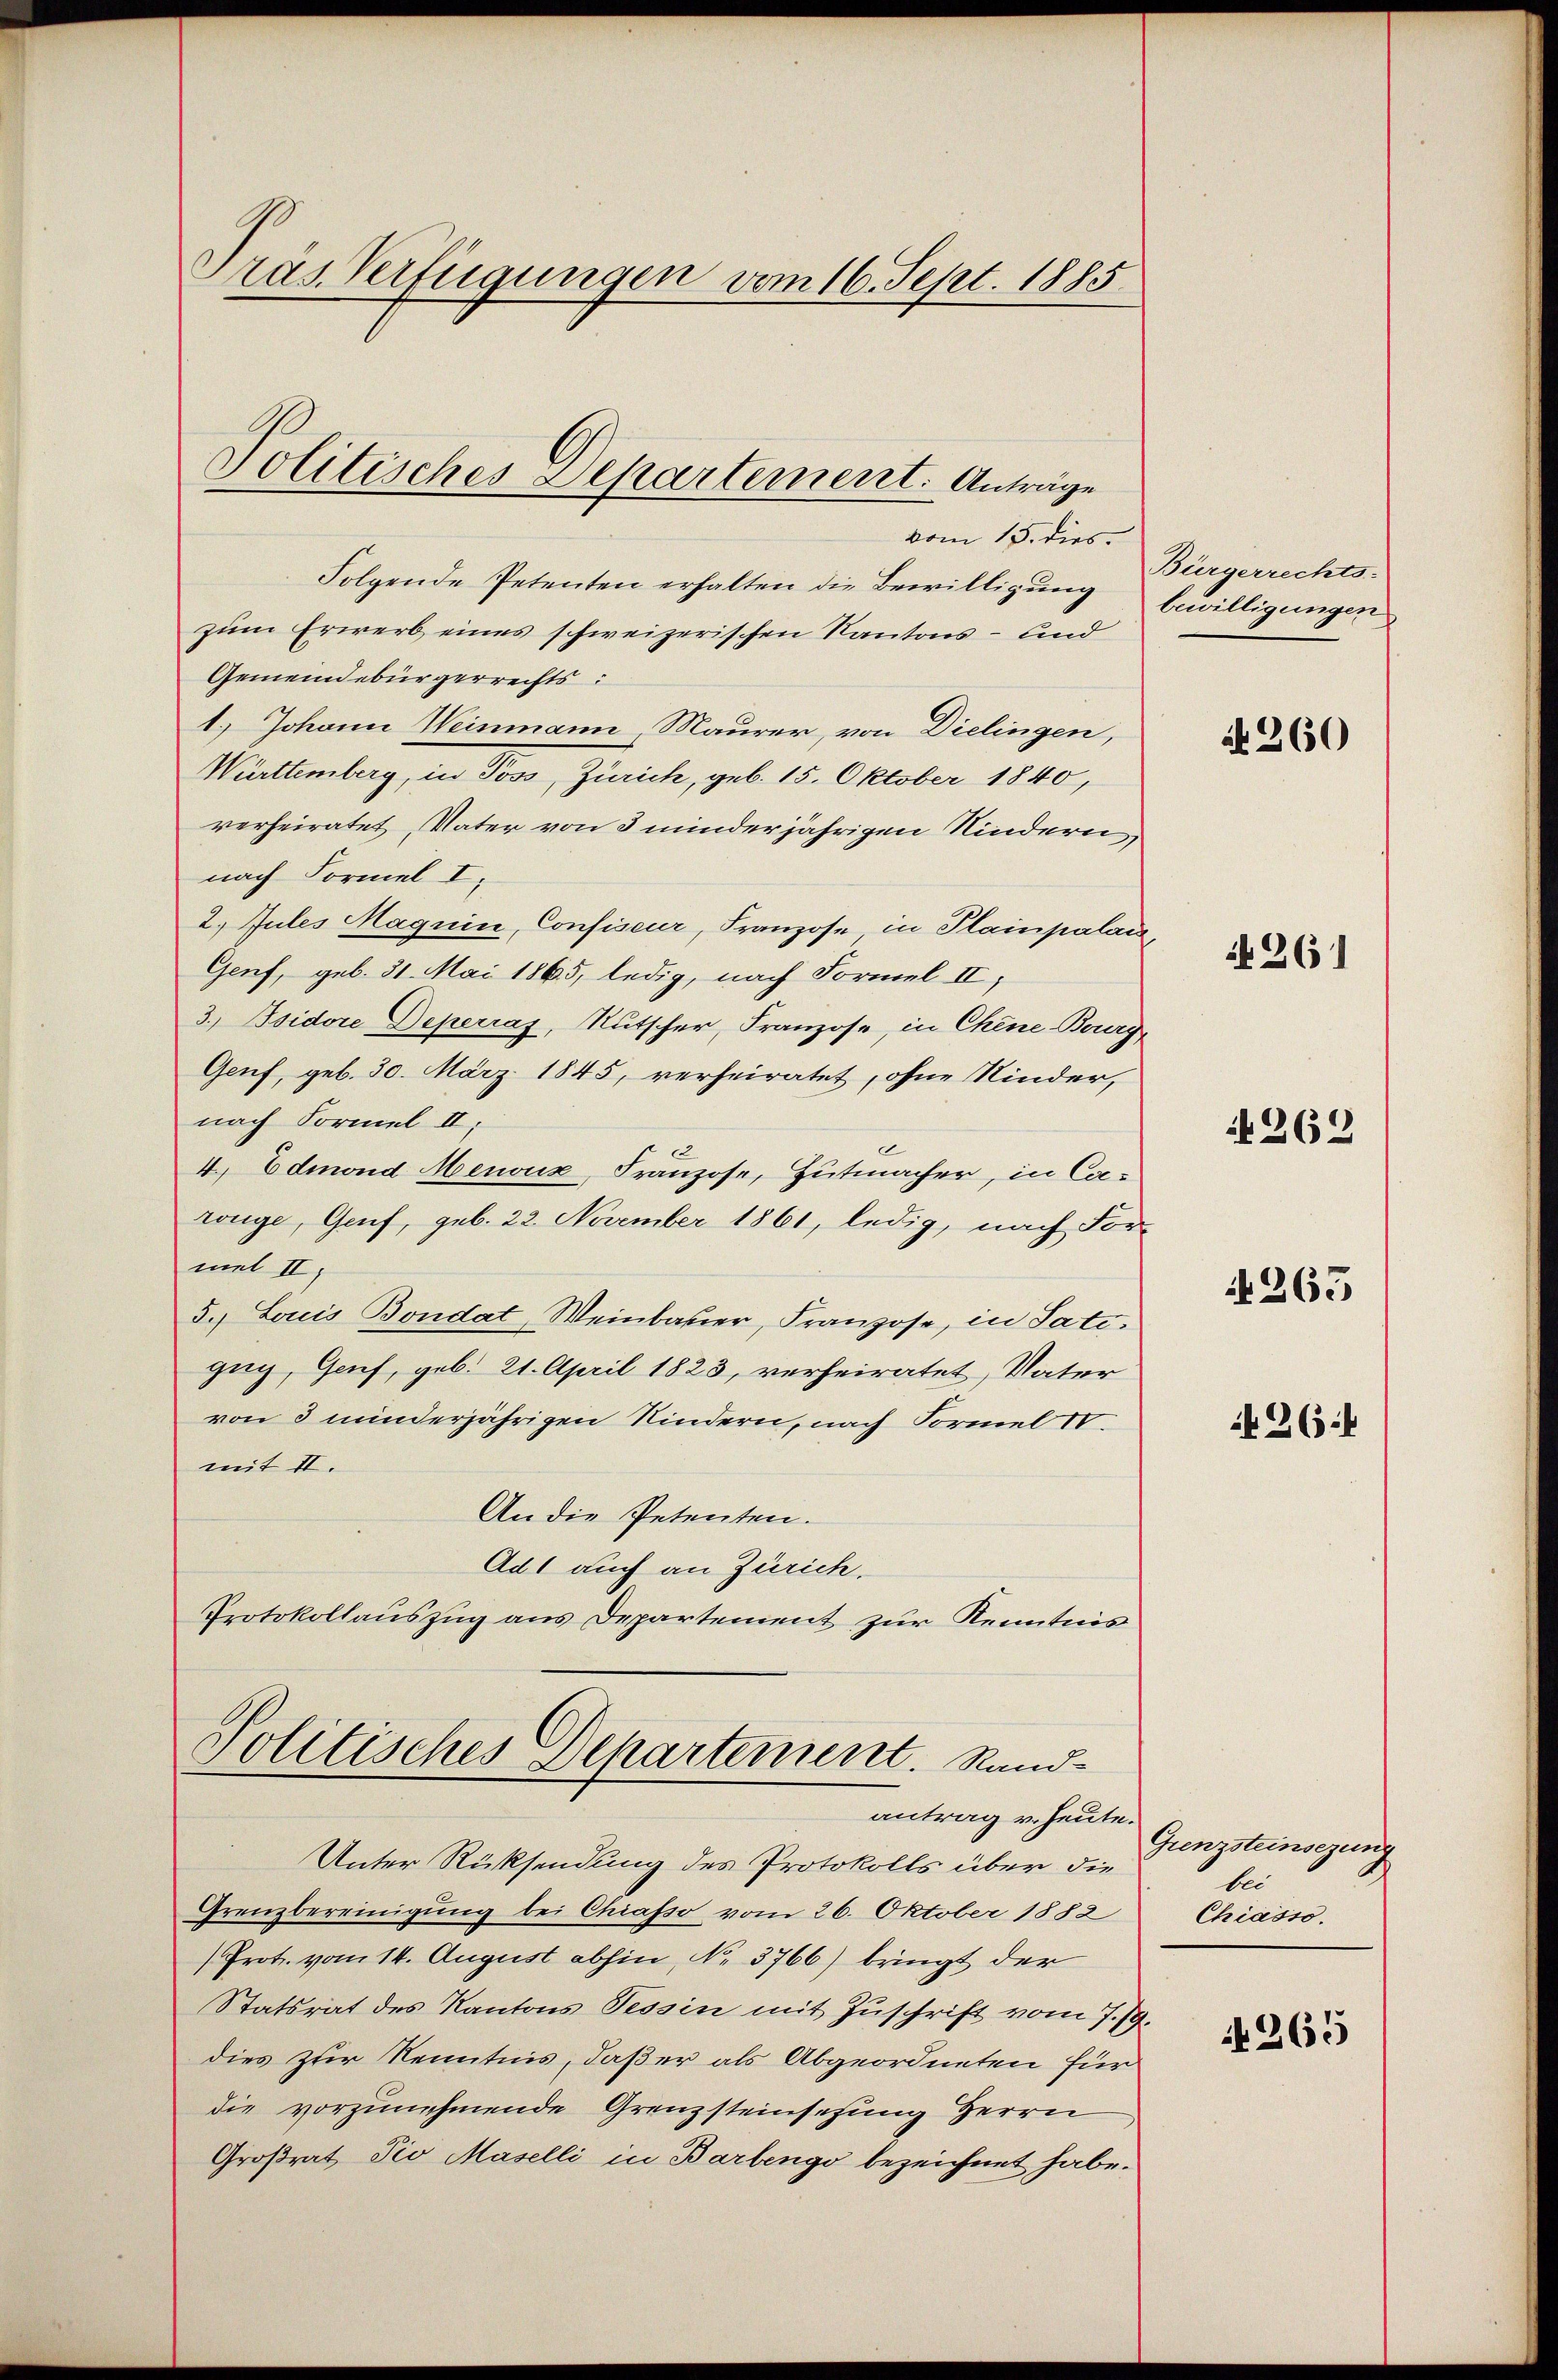
Gras Verfügungen vom 16. Sept. 1885

vom 15. dies
Folgende Petenten erhalten die Bewilligŭng bewilligungen
zum Erwerb eines schweizerischen Kantons - und
Gemeindebürgerrechts:
1.) Johann Weinmann, Maurer, von Dielingen,
Württemberg, in Poss, Zürich, geb. 15. Oktober 1840,
verheiratet, Vater von 3 minderjährigen Kindern
nach Formel I.
2. Jules Maguin, Confiseur, Franzose in Plainpalai
Genf, geb. 31. Mai 1865, ledig, nach Formel II,
3.) Bsidore Deperras, Rutscher, Franzose, in Chene Boury,
Genf, geb. 30. März 1845, verheiratet, ohne Kinder,
nach Formel II.
4. Edmond Menoux, Franzose, Hutmacher, in Corönge, Genf, geb. 22. November 1861, ledig, nach For-
met II,
3.) Louis Bondat Weinbauer, Franzose, in Sati.
zug, Genf, geb. 21. April 1823, verheiratet, Vater
von 3 minderjährigen Kindern, nach Formel IV.
mit II.
An die Petenten.
Adt auch an Zürich,
Protokollauszug aus Departement zur Kenntnis

Politisches Departement. Anträge

Politisches Departement. Sand
antrag v. heute.

Unter Rücksendung des Protokolls über die
Grenzbereinigung bei Chiasso vom 26. Oktober 1882
Prot. vom 14. August abhin, No. 3766) bringt der
Statsrat des Kantons Tessin mit Zuschrift vom 7./9.
dies zur Kenntnis, daß er als Abgeordneten für
die vorzunehmende Grenzsteinsetzung Herrn
Großrat Pio Maselli in Bartengo bezeichnet habe.

Bürgerrechts-

No. 260

1261

262

N 265

265.

Grenzsteinsezung
t
Chiasso.

N 265